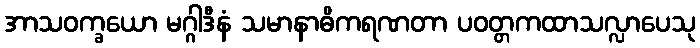
အာသဝက္ခယော မဂ္ဂါဒီနံ သမာနာဓိကရဏတာ ပဝတ္တကထာသလ္လာပေသု